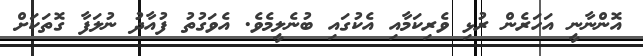
އޮންނާނީ އަހަރެން ރުޅި ވެރިކަމާއި އެކުގައި ބުނެލީމެވެ. އެވަގުތު ފުއާދު ނުލަފާ ގޮތަކަށް